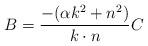
LaTeX: \begin{align*}B=\frac{-(\alpha k^{2}+n^{2})}{k\cdot n}C \end{align*}